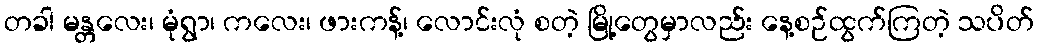
တခါ မန္တလေး၊ မုံရွာ၊ ကလေး၊ ဖားကန့်၊ လောင်းလုံ စတဲ့ မြို့တွေမှာလည်း နေ့စဉ်ထွက်ကြတဲ့ သပိတ်